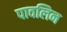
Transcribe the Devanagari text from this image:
पावलिन